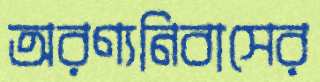
অরণ্যনিবাসের